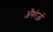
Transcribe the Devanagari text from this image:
अँगरेज़ों